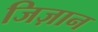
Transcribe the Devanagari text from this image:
जिज़ान